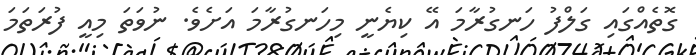
ގޮތެއްގައި ގަލްފު ހަނގުރާމަ އޭ ކިޔެނީ މިހަނގުރާމަ އަށެވެ. ނުވަތަ މިއީ ފުރަތަމަ